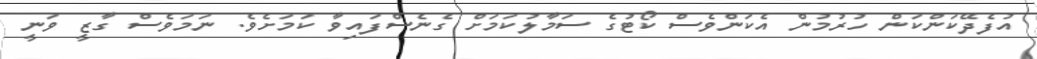
އުފެދޭކަންކަން ހުރުމުން އެކަންވެސް ކޯޓުގެ ސަމާލުކަމަށް ގެނެސްފައިވާ ކަމަށެވެ. ނަމަވެސް ގާޒީ ވަނީ